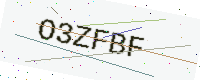
Text: O3ZFBF